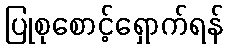
ပြုစုစောင့်ရှောက်ရန်